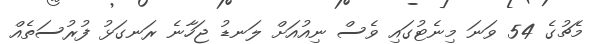
މެޗުގެ 54 ވަނަ މިނެޓުގައި ވެސް ނިއުއަށް ލަނޑު ޖަހާނެ ރަނގަޅު ފުރުސަތެއް